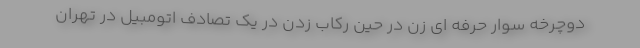
دوچرخه سوار حرفه ای زن در حین رکاب زدن در یک تصادف اتومبیل در تهران